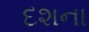
દશના